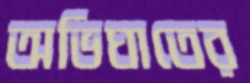
অভিঘাতের